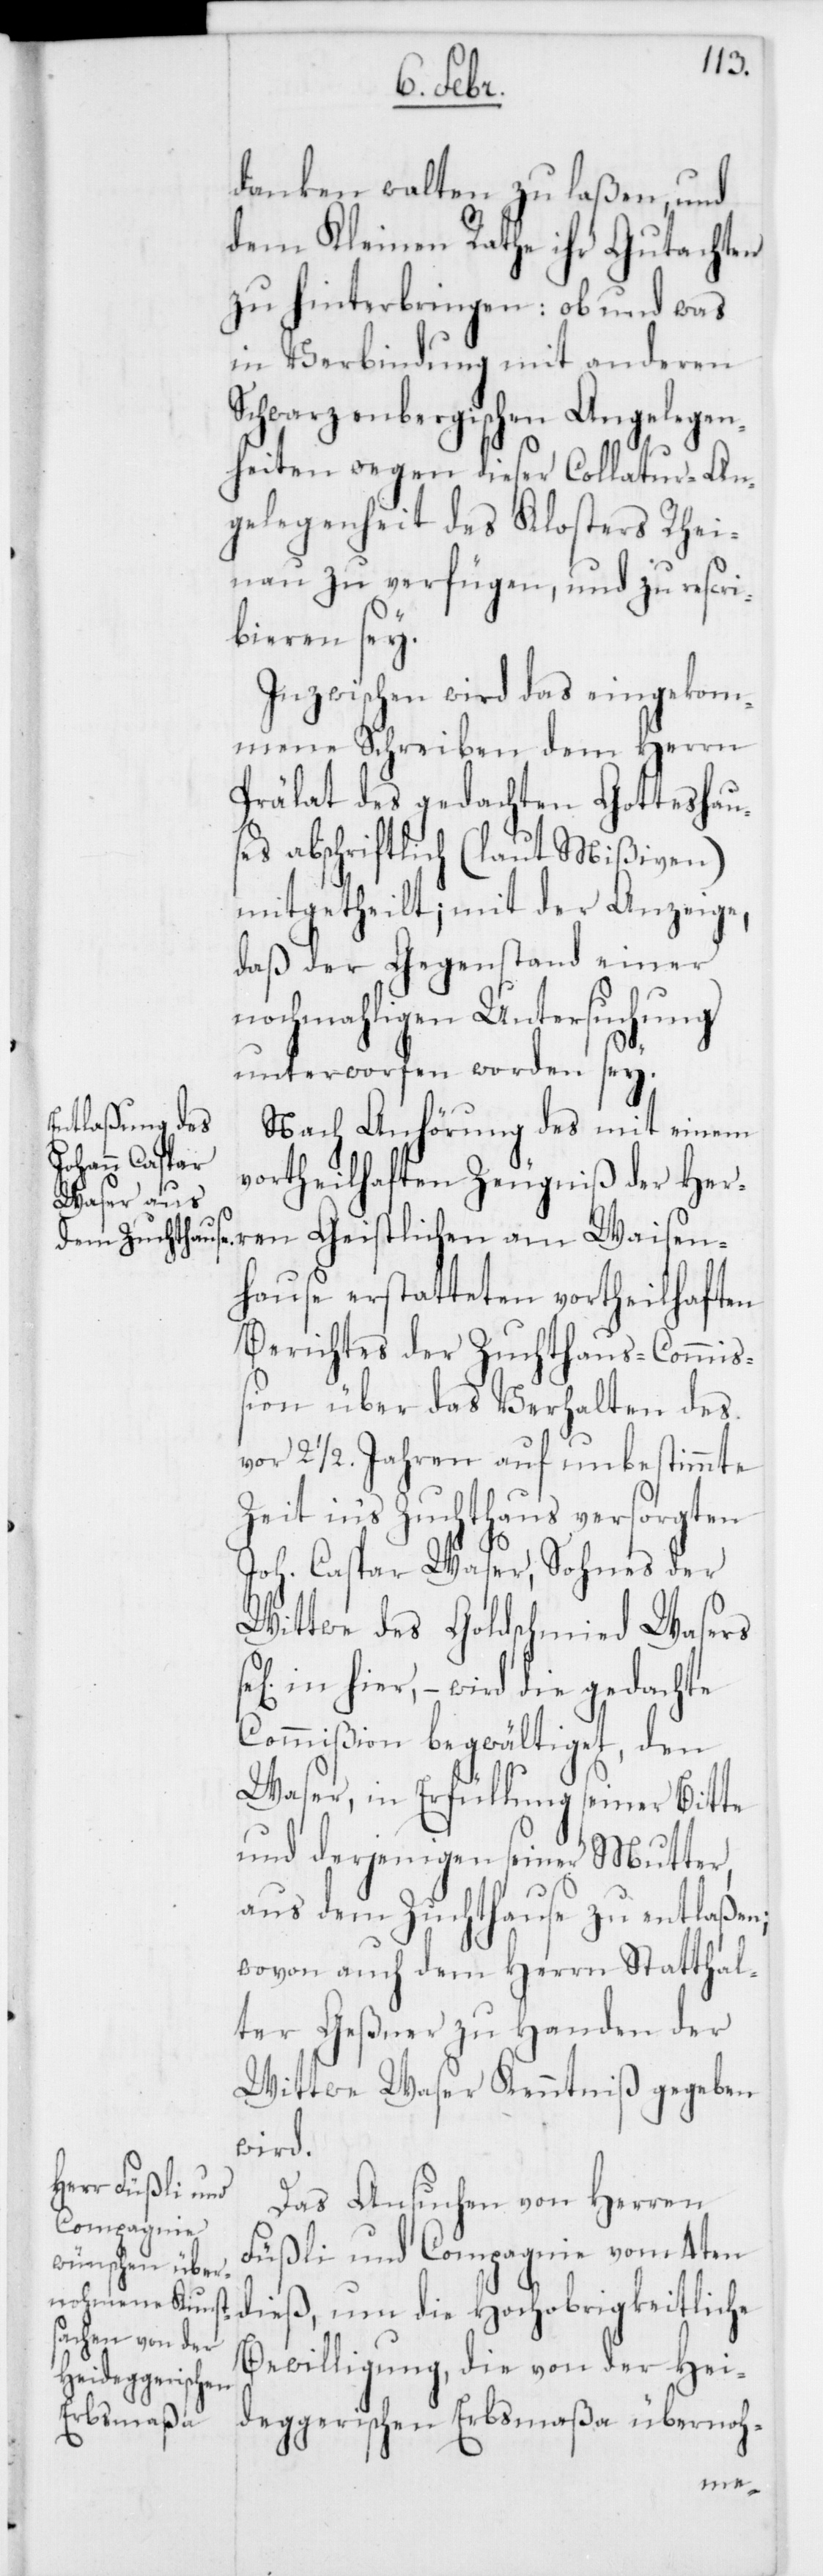
danken walten zu laßen, und
dem Kleinen Rathe ihr Gutachten
zu hinterbringen: ob und was
in Verbindung mit anderen
Schwarzenbergischen Angelegen¬
heiten wegen dieser Collatur-An¬
gelegenheit des Klosters Rhei¬
nau zu verfügen und zu rescri¬
bieren sey.
Inzwischen wird das eingekom¬
mene Schreiben dem Herrn
Prälat des gedachten Gotteshau¬
ses abschriftlich (laut Mißiven)
mitgetheilt; mit der Anzeige,
daß der Gegenstand einer
nochmahligen Untersuchung
unterworfen worden sey.
Nach Anhörung des mit einem
vortheilhaften Zeugniß der Her¬
ren Geistlichen am Waisen¬
hause erstatteten vortheilhaften
Berichtes der Zuchthaus-Commiß¬
ion über das Verhalten des
vor 2 1/2 Jahren auf unbestimmte
Zeit in‘s Zuchthaus versorgten
Joh. Caspar Waser, Sohnes der
Wittwe des Goldschmied Wasers
in hier, – wird die gedachte
Commißion begwältiget, den
Waser, in Erfüllung seiner Bitte
und derjenigen seiner Mutter,
aus dem Zuchthause zu entlaßen;
wovon auch dem Herrn Statthal¬
ter Geßner zu Handen der
Wittwe Waser Kenntniß gegeben
wird.
Das Ansuchen von Herren
Füßli und Compagnie vom 4ten
dieß, um die Hochobrigkeitliche
Bewilligung, die von der Hei¬
deggerischen Erbsmaßa übernoh-